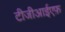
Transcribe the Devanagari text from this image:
टीजीआईएफ़